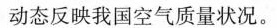
动态反映我国空气质量状况。